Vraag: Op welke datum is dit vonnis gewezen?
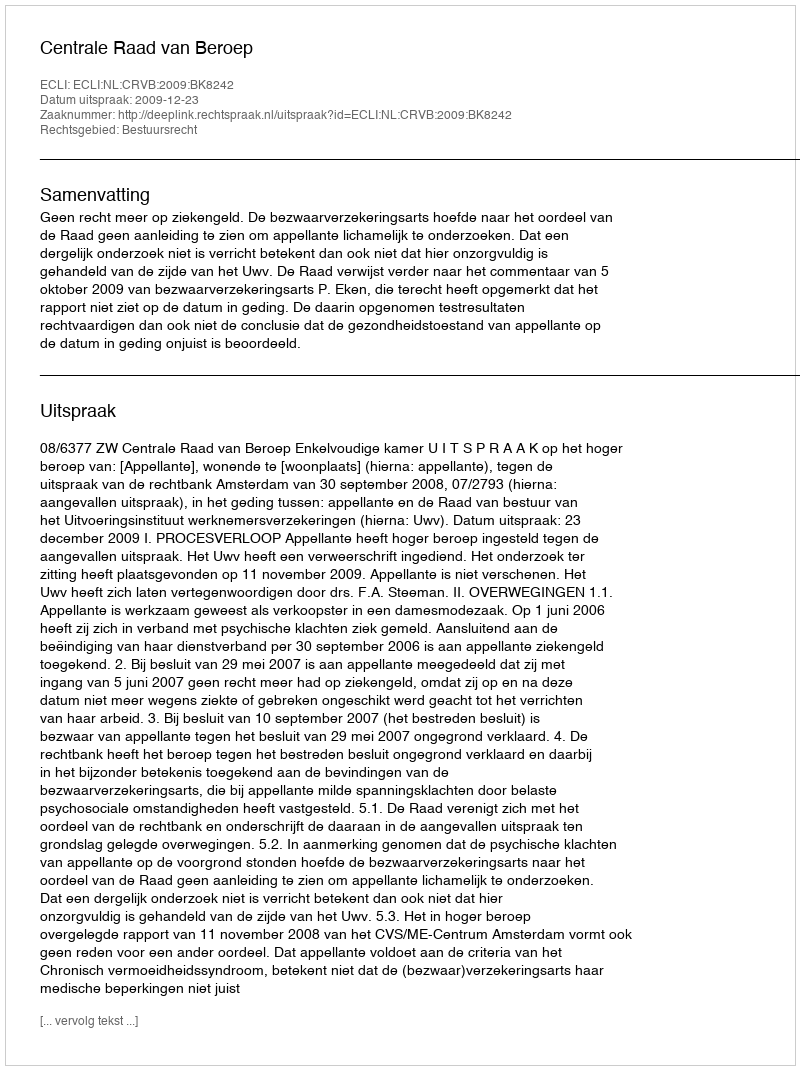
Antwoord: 2009-12-23